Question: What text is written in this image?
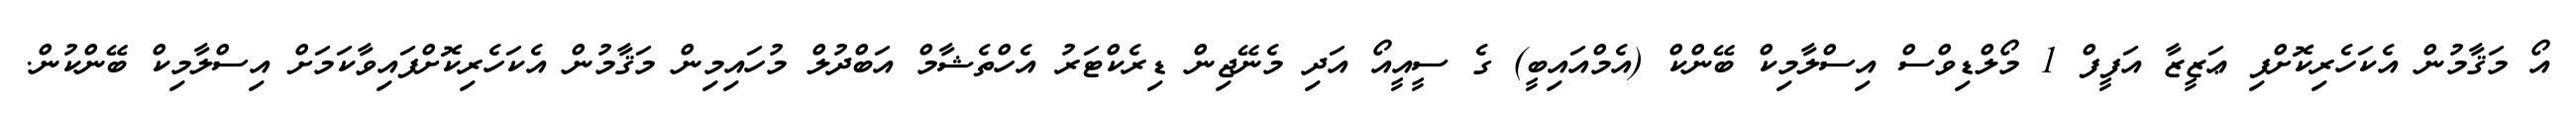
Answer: އޯ މަޤާމުން އެކަހެރިކޮށްފި ޢަޒީޒާ އަފީފް 1 މޯލްޑިވްސް އިސްލާމިކް ބޭންކް (އެމްއައިބީ) ގެ ސީއީއޯ އަދި މެނޭޖިން ޑިރެކްޓަރު އެހްތެޝާމް އަބްދުލް މުހައިމިން މަޤާމުން އެކަހެރިކޮށްފައިވާކަމަށް އިސްލާމިކް ބޭންކުން.